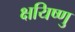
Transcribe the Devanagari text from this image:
क्षयिष्णु